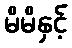
မိမိနှင့်